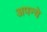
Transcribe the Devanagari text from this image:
अपन्वे